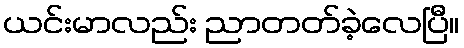
ယင်းမာလည်း ညာတတ်ခဲ့လေပြီ။